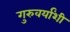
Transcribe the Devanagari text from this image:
गुरुवर्यांशी